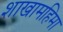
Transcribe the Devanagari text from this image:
शाखामहिमा